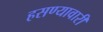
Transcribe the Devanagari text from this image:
हसण्यावारी